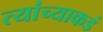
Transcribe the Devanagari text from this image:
त्यांच्याकडं